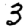
Digit: 3